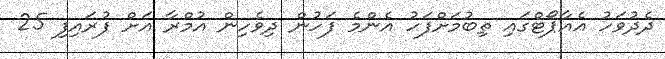
ދެދުވަހު އެއާޕޯޓްގައި ތިބުމަށްފަހު އެންމެ ފަހުން ދިވެހިން އުމްރާ އަށް ފުރައިފި 25